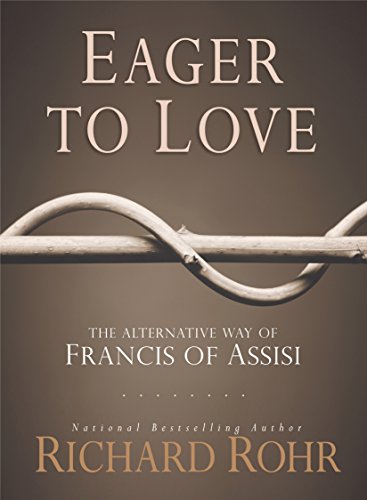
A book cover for Eager to Love: The Alternative Way of Francis of Assisi; Richard Rohr O.F.M.; Christian Books & Bibles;